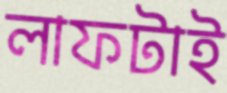
লাফটাই